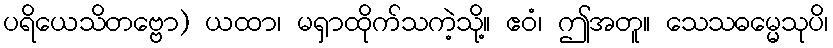
ပရိယေသိတဗ္ဗော) ယထာ၊ မရှာထိုက်သကဲ့သို့။ ဧဝံ၊ ဤအတူ။ သေသဓမ္မေသုပိ၊